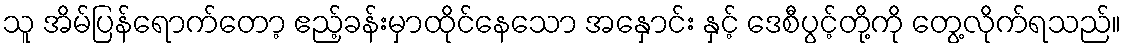
သူ အိမ်ပြန်ရောက်တော့ ဧည့်ခန်းမှာထိုင်နေသော အနှောင်း နှင့် ဒေစီပွင့်တို့ကို တွေ့လိုက်ရသည်။